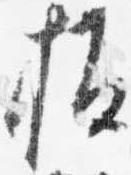
板